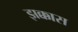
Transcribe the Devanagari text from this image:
झक्कास